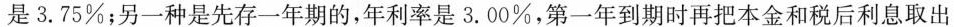
3.75%；另一种是先存一年期的，年利率是3.00%，第一年到期时再把本金和税后利息取出